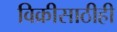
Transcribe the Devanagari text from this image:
विक्रीसाठीही